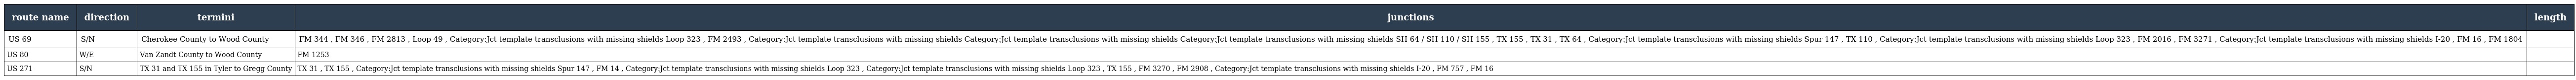
| route name | direction | termini | junctions | length |
 | --- | --- | --- | --- | --- |
 | US 69 | S/N | Cherokee County to Wood County | FM 344 , FM 346 , FM 2813 , Loop 49 , Category:Jct template transclusions with missing shields Loop 323 , FM 2493 , Category:Jct template transclusions with missing shields Category:Jct template transclusions with missing shields Category:Jct template transclusions with missing shields SH 64 / SH 110 / SH 155 , TX 155 , TX 31 , TX 64 , Category:Jct template transclusions with missing shields Spur 147 , TX 110 , Category:Jct template transclusions with missing shields Loop 323 , FM 2016 , FM 3271 , Category:Jct template transclusions with missing shields I-20 , FM 16 , FM 1804 |  |
 | US 80 | W/E | Van Zandt County to Wood County | FM 1253 |  |
 | US 271 | S/N | TX 31 and TX 155 in Tyler to Gregg County | TX 31 , TX 155 , Category:Jct template transclusions with missing shields Spur 147 , FM 14 , Category:Jct template transclusions with missing shields Loop 323 , Category:Jct template transclusions with missing shields Loop 323 , TX 155 , FM 3270 , FM 2908 , Category:Jct template transclusions with missing shields I-20 , FM 757 , FM 16 |  |